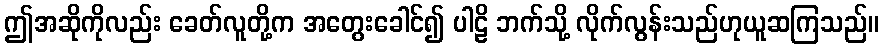
ဤအဆိုကိုလည်း ခေတ်လူတို့က အတွေးခေါင်၍ ပါဠိ ဘက်သို့ လိုက်လွန်းသည်ဟုယူဆကြသည်။